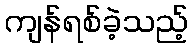
ကျန်ရစ်ခဲ့သည့်